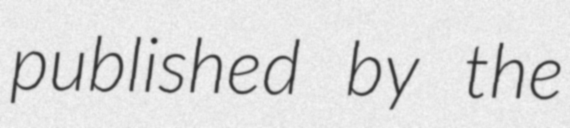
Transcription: published by the